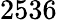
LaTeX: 2536